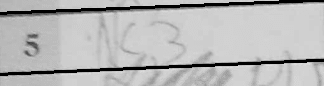
Transcription: Nc3